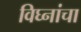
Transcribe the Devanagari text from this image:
विघ्नांचा